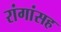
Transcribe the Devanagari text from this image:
रांगांसह